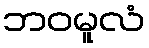
ဘဝမူလံ